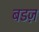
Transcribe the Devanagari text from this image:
बडज़